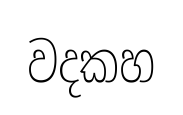
වදකහ